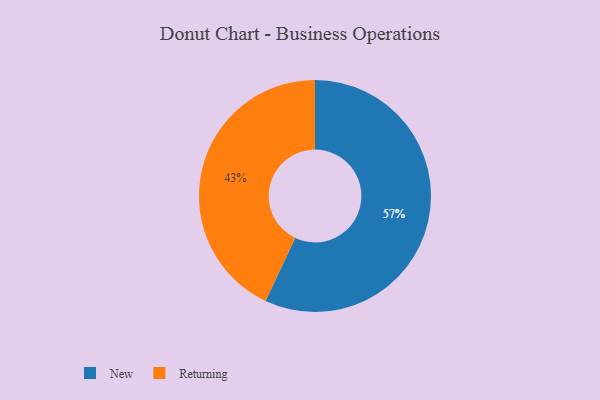
{"axis": {"x": "Category", "y": "Percentage"}, "legend": ["New", "Returning"], "data": [{"x": "New", "y": 57, "type": "New"}, {"x": "Returning", "y": 43, "type": "Returning"}]}